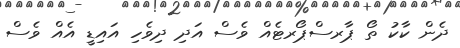
ދެން ކާކު ތޯ ޕާރސްޕޯރޓެއް ވެސް އަދި ދިވެހި އައިޑީ އެއް ވެސް